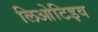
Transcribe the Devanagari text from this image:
लिओटिइव